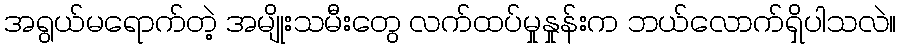
အရွယ်မရောက်တဲ့ အမျိုးသမီးတွေ လက်ထပ်မှုနှုန်းက ဘယ်လောက်ရှိပါသလဲ။